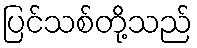
ပြင်သစ်တို့သည်